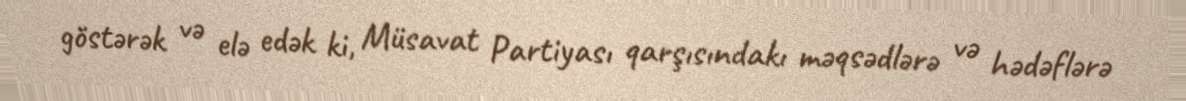
göstərək və elə edək ki, Müsavat Partiyası qarşısındakı məqsədlərə və hədəflərə